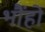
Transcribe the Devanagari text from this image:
भौंहो